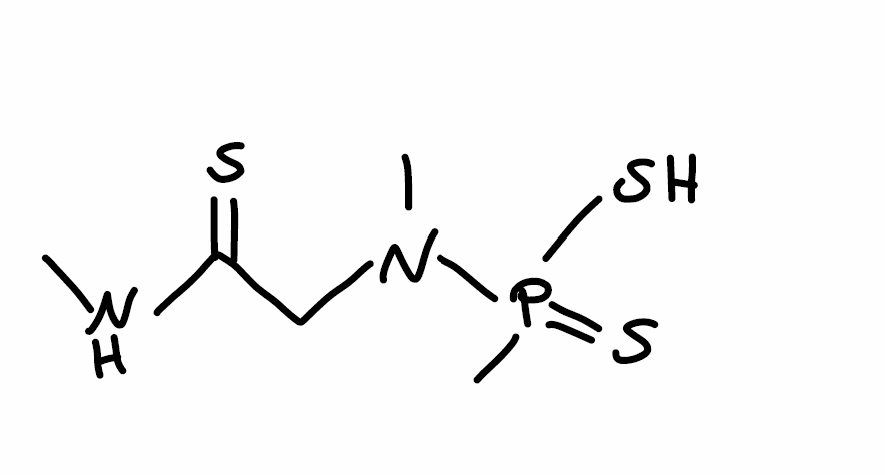
Simplified molecular-input line-entry system (SMILES) notation of the given molecule:
CNC(=S)CN(C)P(=S)(C)S